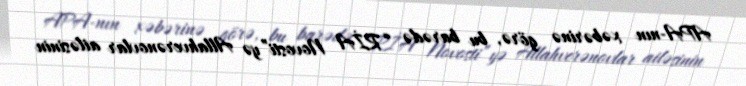
APA-nın xəbərinə görə, bu barədə “RİA Novosti”yə Allahverənovlar ailəsinin